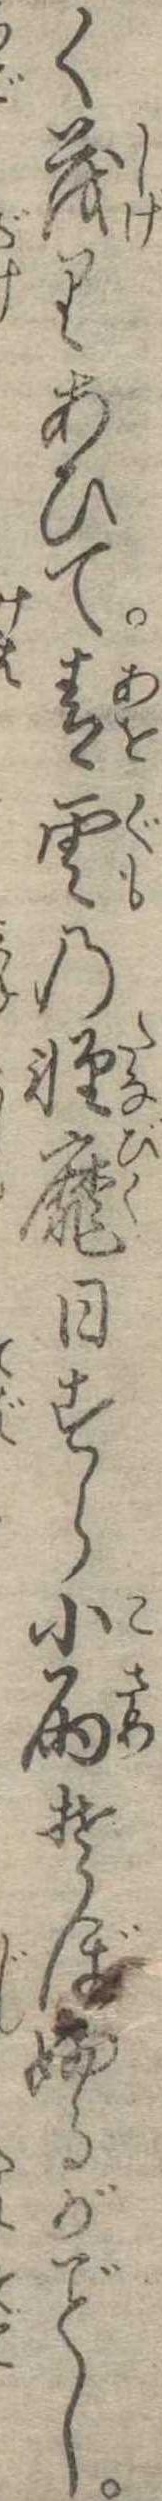
く茂りあひて青雲の軽靡日すら小雨そぼふるがし